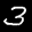
Label: 3